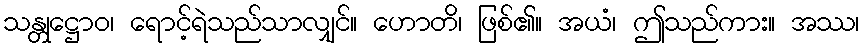
သန္တုဋ္ဌောဝ၊ ရောင့်ရဲသည်သာလျှင်။ ဟောတိ၊ ဖြစ်၏။ အယံ၊ ဤသည်ကား။ အဿ၊